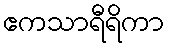
ဧကသာရီရိကာ